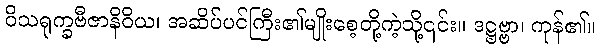
ဝိသရုက္ခဗီဇာနိဝိယ၊ အဆိပ်ပင်ကြီး၏မျိုးစေ့တို့ကဲ့သို့၎င်း။ ဒဋ္ဌဗ္ဗာ၊ ကုန်၏။